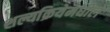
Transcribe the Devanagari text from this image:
शल्यक्रियेमधील